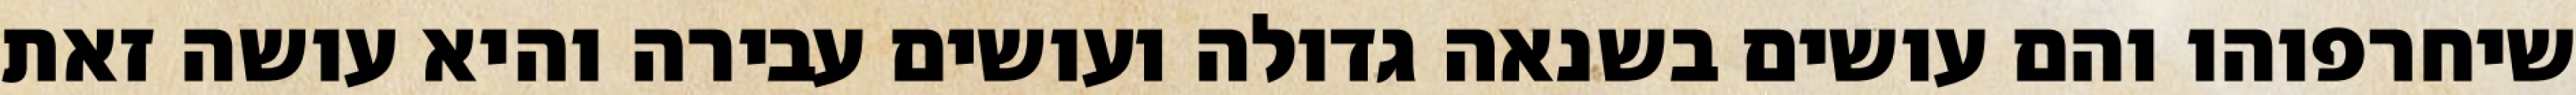
שיחרפוהו והם עושים בשנאה גדולה ועושים עבירה והיא עושה זאת